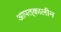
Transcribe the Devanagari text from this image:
आपत्‌कालीन